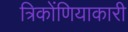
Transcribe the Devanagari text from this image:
त्रिकोंणियाकारी